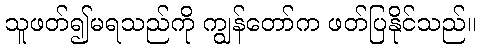
သူဖတ်၍မရသည်ကို ကျွန်တော်က ဖတ်ပြနိုင်သည်။